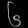
Digit: ၆